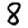
Digit: 8